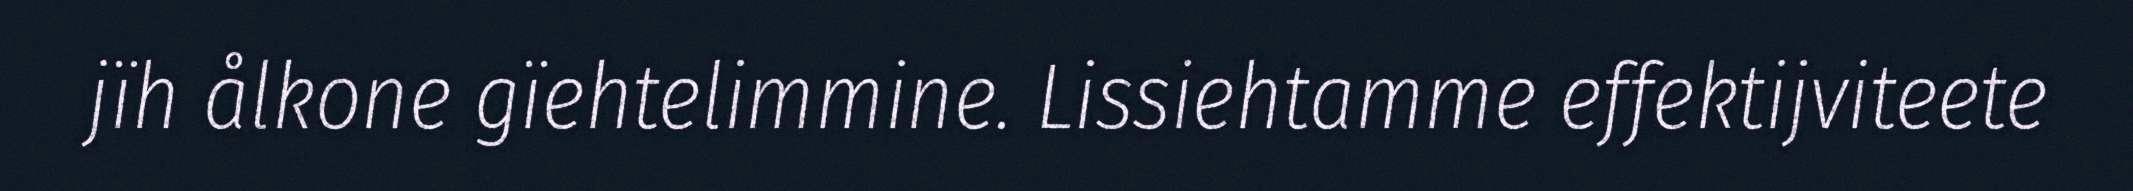
jïh ålkone gïehtelimmine. Lissiehtamme effektijviteete